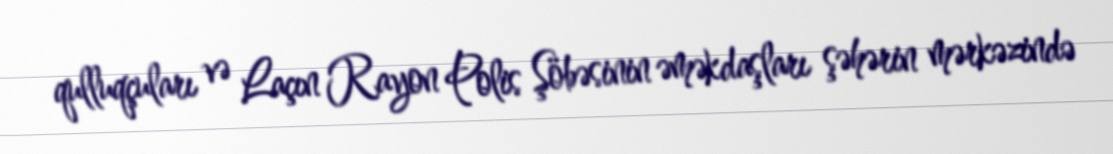
qulluqçuları və Laçın Rayon Polis Şöbəsinin əməkdaşları şəhərin mərkəzində